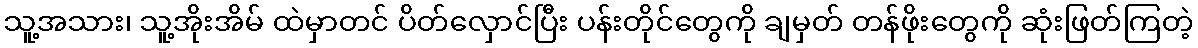
သူ့အသား၊ သူ့အိုးအိမ် ထဲမှာတင် ပိတ်လှောင်ပြီး ပန်းတိုင်တွေကို ချမှတ် တန်ဖိုးတွေကို ဆုံးဖြတ်ကြတဲ့